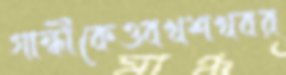
গান্ধীকেওবখশখবর